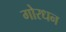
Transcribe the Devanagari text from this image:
गोरधन